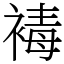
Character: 𧛔